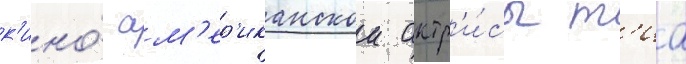
к'ино́ ам'ер'иканскои актр'и́сы т'иа